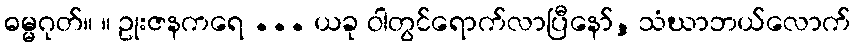
ဓမ္မဂုတ်။ ။ ဥုးဇနကရေ ... ယခု ဝါတွင်ရောက်လာပြီနော်, သံဃာဘယ်လောက်